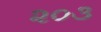
૨૦૩